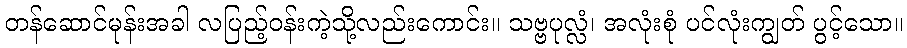
တန်ဆောင်မုန်းအခါ လပြည့်ဝန်းကဲ့သို့လည်းကောင်း။ သဗ္ဗပုလ္လံ၊ အလုံးစုံ ပင်လုံးကျွတ် ပွင့်သော။